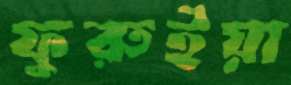
ফুরুইয়া